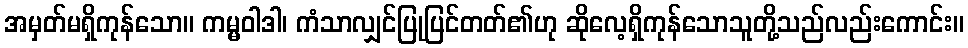
အမှတ်မရှိကုန်သော။ ကမ္မဝါဒါ၊ ကံသာလျှင်ပြုပြင်တတ်၏ဟု ဆိုလေ့ရှိကုန်သောသူတို့သည်လည်းကောင်း။